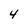
Character: 4